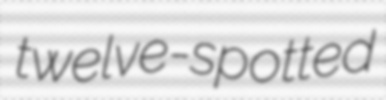
twelve-spotted